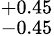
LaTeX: ^{+0.45}_{-0.45}